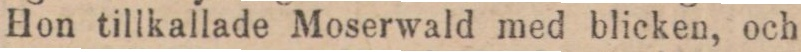
Hon tillkallade Moserwald med blicken, och